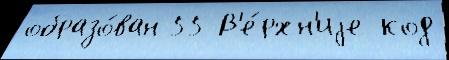
образо́ван 55 В'е́рхн'иjе код